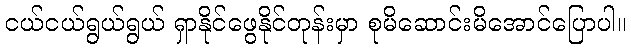
ငယ်ငယ်ရွယ်ရွယ် ရှာနိုင်ဖွေနိုင်တုန်းမှာ စုမိဆောင်းမိအောင်ပြောပါ။